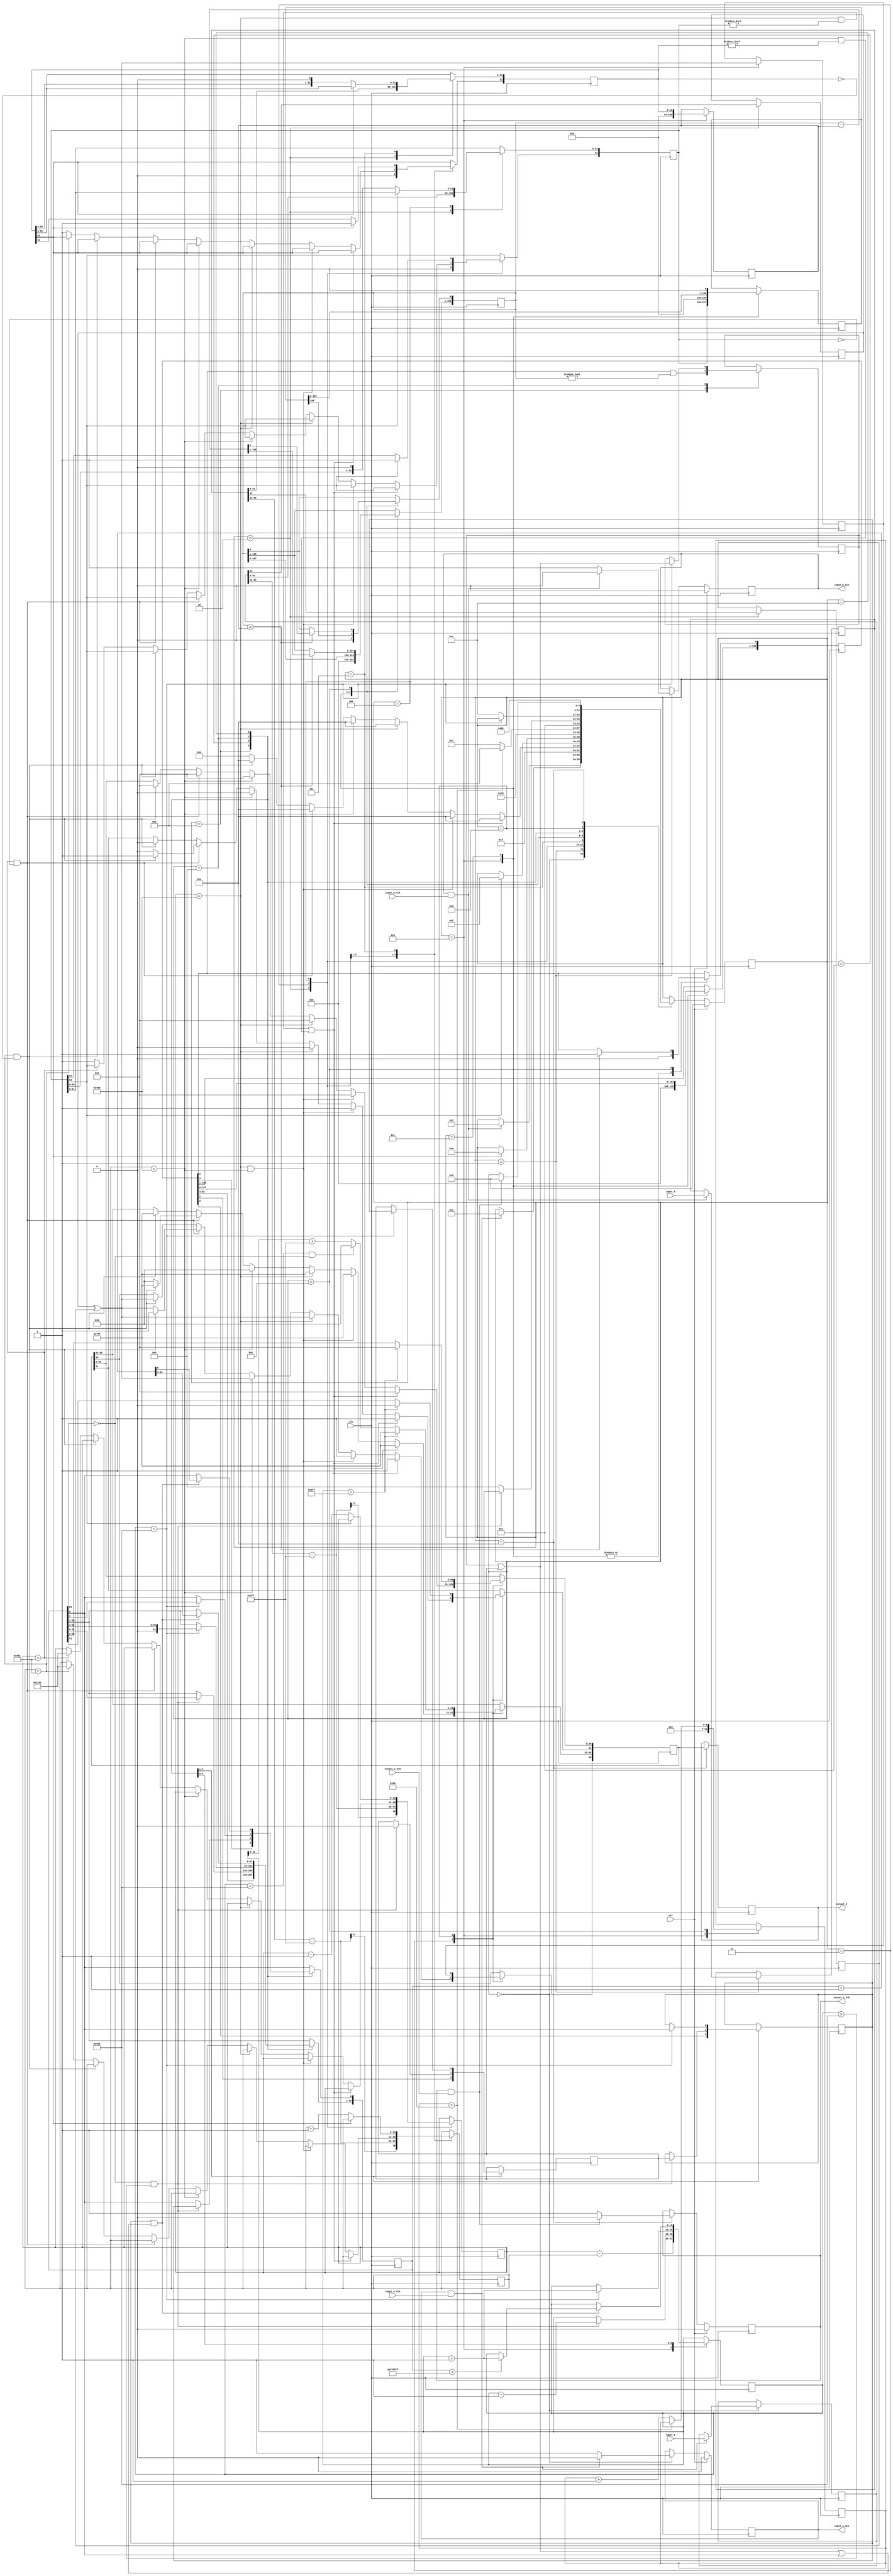
//IEEE Floating Point Divider (Double Precision)
//Copyright (C) Jonathan P Dawson 2014
//2014-01-11
//
module double_divider(
        input_a,
        input_b,
        input_a_stb,
        input_b_stb,
        output_z_ack,
        clk,
        rst,
        output_z,
        output_z_stb,
        input_a_ack,
        input_b_ack);

  input     clk;
  input     rst;

  input     [63:0] input_a;
  input     input_a_stb;
  output    input_a_ack;

  input     [63:0] input_b;
  input     input_b_stb;
  output    input_b_ack;

  output    [63:0] output_z;
  output    output_z_stb;
  input     output_z_ack;

  reg       s_output_z_stb;
  reg       [63:0] s_output_z;
  reg       s_input_a_ack;
  reg       s_input_b_ack;

  reg       [3:0] state;
  parameter get_a         = 4'd0,
            get_b         = 4'd1,
            unpack        = 4'd2,
            special_cases = 4'd3,
            normalise_a   = 4'd4,
            normalise_b   = 4'd5,
            divide_0      = 4'd6,
            divide_1      = 4'd7,
            divide_2      = 4'd8,
            divide_3      = 4'd9,
            normalise_1   = 4'd10,
            normalise_2   = 4'd11,
            round         = 4'd12,
            pack          = 4'd13,
            put_z         = 4'd14;

  reg       [63:0] a, b, z;
  reg       [52:0] a_m, b_m, z_m;
  reg       [12:0] a_e, b_e, z_e;
  reg       a_s, b_s, z_s;
  reg       guard, round_bit, sticky;
  reg       [108:0] quotient, divisor, dividend, remainder;
  reg       [6:0] count;

  always @(posedge clk)
  begin

    case(state)

      get_a:
      begin
        s_input_a_ack <= 1;
        if (s_input_a_ack && input_a_stb) begin
          a <= input_a;
          s_input_a_ack <= 0;
          state <= get_b;
        end
      end

      get_b:
      begin
        s_input_b_ack <= 1;
        if (s_input_b_ack && input_b_stb) begin
          b <= input_b;
          s_input_b_ack <= 0;
          state <= unpack;
        end
      end

      unpack:
      begin
        a_m <= a[51 : 0];
        b_m <= b[51 : 0];
        a_e <= a[62 : 52] - 1023;
        b_e <= b[62 : 52] - 1023;
        a_s <= a[63];
        b_s <= b[63];
        state <= special_cases;
      end

      special_cases:
      begin
        //if a is NaN or b is NaN return NaN 
        if ((a_e == 1024 && a_m != 0) || (b_e == 1024 && b_m != 0)) begin
          z[63] <= 1;
          z[62:52] <= 2047;
          z[51] <= 1;
          z[50:0] <= 0;
          state <= put_z;
          //if a is inf and b is inf return NaN 
        end else if ((a_e == 1024) && (b_e == 1024)) begin
          z[63] <= 1;
          z[62:52] <= 2047;
          z[51] <= 1;
          z[50:0] <= 0;
          state <= put_z;
        //if a is inf return inf
        end else if (a_e == 1024) begin
          z[63] <= a_s ^ b_s;
          z[62:52] <= 2047;
          z[51:0] <= 0;
          state <= put_z;
           //if b is zero return NaN
          if ($signed(b_e == -1023) && (b_m == 0)) begin
            z[63] <= 1;
            z[62:52] <= 2047;
            z[51] <= 1;
            z[50:0] <= 0;
            state <= put_z;
          end
        //if b is inf return zero
        end else if (b_e == 1024) begin
          z[63] <= a_s ^ b_s;
          z[62:52] <= 0;
          z[51:0] <= 0;
          state <= put_z;
        //if a is zero return zero
        end else if (($signed(a_e) == -1023) && (a_m == 0)) begin
          z[63] <= a_s ^ b_s;
          z[62:52] <= 0;
          z[51:0] <= 0;
          state <= put_z;
           //if b is zero return NaN
          if (($signed(b_e) == -1023) && (b_m == 0)) begin
            z[63] <= 1;
            z[62:52] <= 2047;
            z[51] <= 1;
            z[50:0] <= 0;
            state <= put_z;
          end
        //if b is zero return inf
        end else if (($signed(b_e) == -1023) && (b_m == 0)) begin
          z[63] <= a_s ^ b_s;
          z[62:52] <= 2047;
          z[51:0] <= 0;
          state <= put_z;
        end else begin
          //Denormalised Number
          if ($signed(a_e) == -1023) begin
            a_e <= -1022;
          end else begin
            a_m[52] <= 1;
          end
          //Denormalised Number
          if ($signed(b_e) == -1023) begin
            b_e <= -1022;
          end else begin
            b_m[52] <= 1;
          end
          state <= normalise_a;
        end
      end

      normalise_a:
      begin
        if (a_m[52]) begin
          state <= normalise_b;
        end else begin
          a_m <= a_m << 1;
          a_e <= a_e - 1;
        end
      end

      normalise_b:
      begin
        if (b_m[52]) begin
          state <= divide_0;
        end else begin
          b_m <= b_m << 1;
          b_e <= b_e - 1;
        end
      end

      divide_0:
      begin
        z_s <= a_s ^ b_s;
        z_e <= a_e - b_e;
        quotient <= 0;
        remainder <= 0;
        count <= 0;
        dividend <= a_m << 56;
        divisor <= b_m;
        state <= divide_1;
      end

      divide_1:
      begin
        quotient <= quotient << 1;
        remainder <= remainder << 1;
        remainder[0] <= dividend[108];
        dividend <= dividend << 1;
        state <= divide_2;
      end

      divide_2:
      begin
        if (remainder >= divisor) begin
          quotient[0] <= 1;
          remainder <= remainder - divisor;
        end
        if (count == 107) begin
          state <= divide_3;
        end else begin
          count <= count + 1;
          state <= divide_1;
        end
      end

      divide_3:
      begin
        z_m <= quotient[55:3];
        guard <= quotient[2];
        round_bit <= quotient[1];
        sticky <= quotient[0] | (remainder != 0);
        state <= normalise_1;
      end

      normalise_1:
      begin
        if (z_m[52] == 0 && $signed(z_e) > -1022) begin
          z_e <= z_e - 1;
          z_m <= z_m << 1;
          z_m[0] <= guard;
          guard <= round_bit;
          round_bit <= 0;
        end else begin
          state <= normalise_2;
        end
      end

      normalise_2:
      begin
        if ($signed(z_e) < -1022) begin
          z_e <= z_e + 1;
          z_m <= z_m >> 1;
          guard <= z_m[0];
          round_bit <= guard;
          sticky <= sticky | round_bit;
        end else begin
          state <= round;
        end
      end

      round:
      begin
        if (guard && (round_bit | sticky | z_m[0])) begin
          z_m <= z_m + 1;
          if (z_m == 53'hffffff) begin
            z_e <=z_e + 1;
          end
        end
        state <= pack;
      end

      pack:
      begin
        z[51 : 0] <= z_m[51:0];
        z[62 : 52] <= z_e[10:0] + 1023;
        z[63] <= z_s;
        if ($signed(z_e) == -1022 && z_m[52] == 0) begin
          z[62 : 52] <= 0;
        end
        //if overflow occurs, return inf
        if ($signed(z_e) > 1023) begin
          z[51 : 0] <= 0;
          z[62 : 52] <= 2047;
          z[63] <= z_s;
        end
        state <= put_z;
      end

      put_z:
      begin
        s_output_z_stb <= 1;
        s_output_z <= z;
        if (s_output_z_stb && output_z_ack) begin
          s_output_z_stb <= 0;
          state <= get_a;
        end
      end

    endcase

    if (rst == 1) begin
      state <= get_a;
      s_input_a_ack <= 0;
      s_input_b_ack <= 0;
      s_output_z_stb <= 0;
    end

  end
  assign input_a_ack = s_input_a_ack;
  assign input_b_ack = s_input_b_ack;
  assign output_z_stb = s_output_z_stb;
  assign output_z = s_output_z;

endmodule